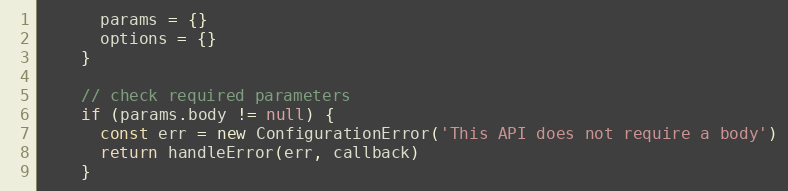
Language: JavaScript
      params = {}
      options = {}
    }

    // check required parameters
    if (params.body != null) {
      const err = new ConfigurationError('This API does not require a body')
      return handleError(err, callback)
    }